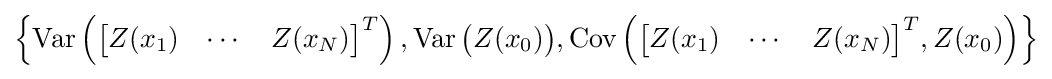
\left\{\operatorname {Var} \left({\begin{bmatrix}Z(x_{1})&\cdots &Z(x_{N})\end{bmatrix}}^{T}\right),\operatorname {Var} {\big (}Z(x_{0}){\big )},\operatorname {Cov} \left({\begin{bmatrix}Z(x_{1})&\cdots &Z(x_{N})\end{bmatrix}}^{T},Z(x_{0})\right)\right\}